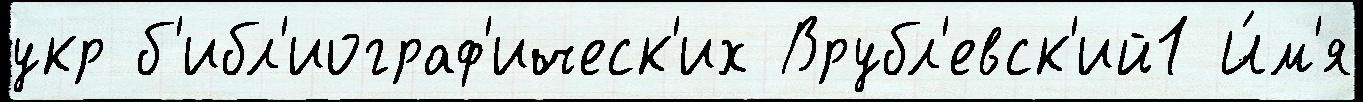
укр б'ибл'иограф'ическ'их Врубл'евск'ий1 И́м'я